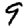
Digit: 9